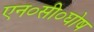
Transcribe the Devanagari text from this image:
एन०सी०घोष